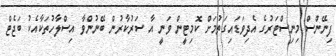
ފިނޭންސް މިނިސްޓަރުގެ އެދިވަޑައިގަތުމަށް ކޮމިޓީން ވަނީ އާ ސަރުކާރުން ބޭނުންވާ އިސްލާހުތަކާއެކު ބަޖެޓް